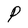
Character: P